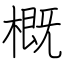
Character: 概